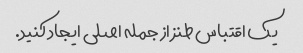
یک اقتباس طنز از جمله اصلی ایجاد کنید.